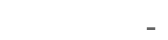
-